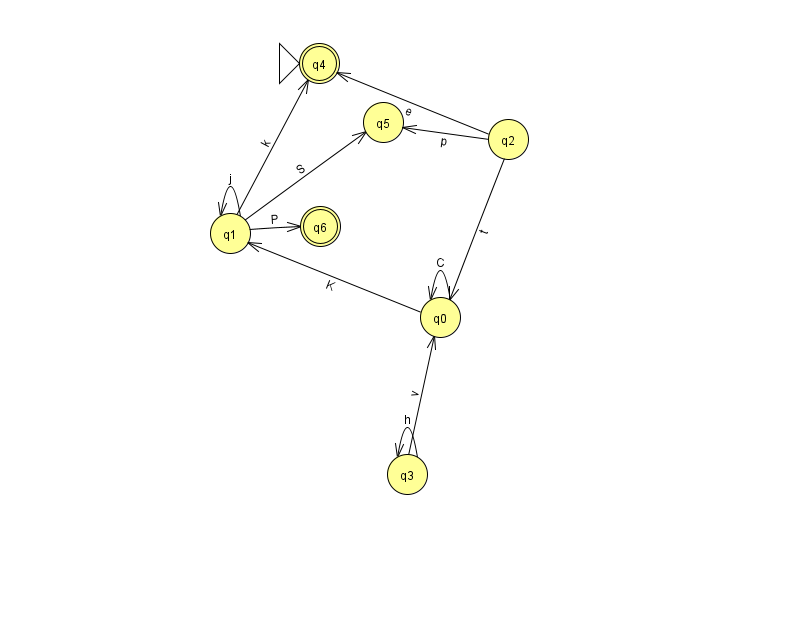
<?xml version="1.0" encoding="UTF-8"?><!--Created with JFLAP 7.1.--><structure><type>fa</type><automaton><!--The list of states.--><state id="0" name="q0"><x>440.0</x><y>304.0</y></state><state id="1" name="q1"><x>230.0</x><y>220.0</y></state><state id="2" name="q2"><x>508.0</x><y>126.0</y></state><state id="3" name="q3"><x>407.0</x><y>461.0</y></state><state id="4" name="q4"><x>319.0</x><y>50.0</y><initial/><final/></state><state id="5" name="q5"><x>383.0</x><y>109.0</y></state><state id="6" name="q6"><x>320.0</x><y>213.0</y><final/></state><!--The list of transitions.--><transition><from>2</from><to>5</to><read>p</read></transition><transition><from>0</from><to>0</to><read>C</read></transition><transition><from>2</from><to>4</to><read>e</read></transition><transition><from>3</from><to>0</to><read>v</read></transition><transition><from>1</from><to>5</to><read>S</read></transition><transition><from>2</from><to>0</to><read>t</read></transition><transition><from>1</from><to>6</to><read>P</read></transition><transition><from>1</from><to>4</to><read>k</read></transition><transition><from>3</from><to>3</to><read>h</read></transition><transition><from>1</from><to>1</to><read>j</read></transition><transition><from>0</from><to>1</to><read>K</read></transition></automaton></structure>